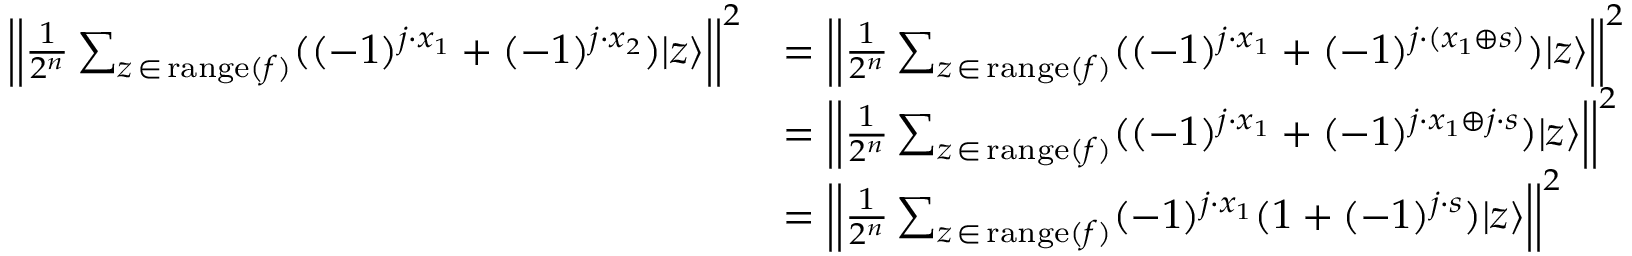
{ \begin{array} { r l } { \left| \left| { \frac { 1 } { 2 ^ { n } } } \sum _ { z \, \in \, \mathrm { r a n g e } ( f ) } ( ( - 1 ) ^ { j \cdot x _ { 1 } } + ( - 1 ) ^ { j \cdot x _ { 2 } } ) | z \rangle \right| \right| ^ { 2 } } & { = \left| \left| { \frac { 1 } { 2 ^ { n } } } \sum _ { z \, \in \, \mathrm { r a n g e } ( f ) } ( ( - 1 ) ^ { j \cdot x _ { 1 } } + ( - 1 ) ^ { j \cdot ( x _ { 1 } \oplus s ) } ) | z \rangle \right| \right| ^ { 2 } } \\ & { = \left| \left| { \frac { 1 } { 2 ^ { n } } } \sum _ { z \, \in \, \mathrm { r a n g e } ( f ) } ( ( - 1 ) ^ { j \cdot x _ { 1 } } + ( - 1 ) ^ { j \cdot x _ { 1 } \oplus j \cdot s } ) | z \rangle \right| \right| ^ { 2 } } \\ & { = \left| \left| { \frac { 1 } { 2 ^ { n } } } \sum _ { z \, \in \, \mathrm { r a n g e } ( f ) } ( - 1 ) ^ { j \cdot x _ { 1 } } ( 1 + ( - 1 ) ^ { j \cdot s } ) | z \rangle \right| \right| ^ { 2 } } \end{array} }